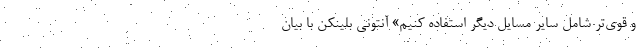
و قوی‌تر شامل سایر مسایل دیگر استفاده کنیم» آنتونی بلینکن با بیان